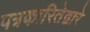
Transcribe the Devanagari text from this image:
पत्रकारितेद्वारे